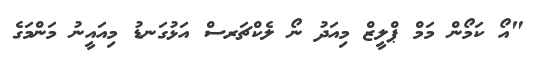
"އޯ ކަމޯން މަމް ޕްލީޒް މިއަދު ނޯ ލެކްޗަރސް އަޅުގަނޑު މިއައީނު މަންމަގެ